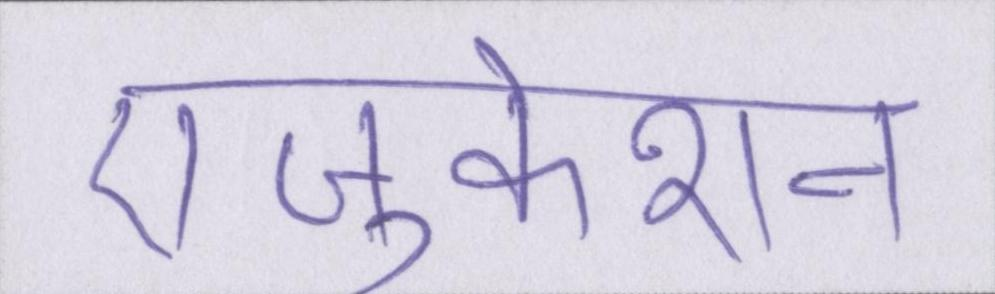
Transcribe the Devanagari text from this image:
एजुकेशन